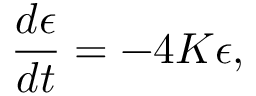
\frac { d \epsilon } { d t } = - 4 K \epsilon ,